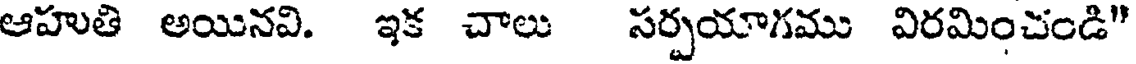
ఆహుతి అయినవి. ఇక చాలు సర్పయాగము విరమించండి"